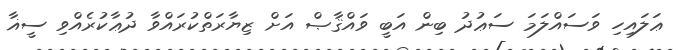
ޢަލައިހި ވަސައްލަމަ ސަޢުދު ބިން އަބީ ވައްޤާޞް އަށް ޒިޔާރަތްކުރައްވާ ދުޢާކުރެއްވި ސީޣާ